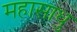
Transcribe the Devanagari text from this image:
महासाधु